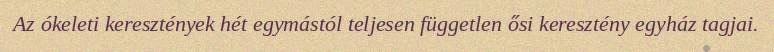
Az ókeleti keresztények hét egymástól teljesen független ősi keresztény egyház tagjai.